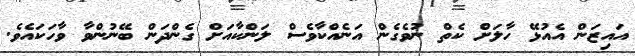
އައިޒަން އެއުޅޭ ހާލަށް ކެތް ނުވެގެން އަނެއްކާވެސް ލަންކާއަށް ގެންދަން ބޭނުންވާ ވާހަކައެވެ.